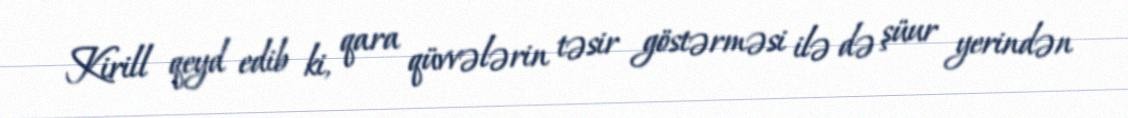
Kirill qeyd edib ki, qara qüvvələrin təsir göstərməsi ilə də şüur yerindən